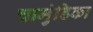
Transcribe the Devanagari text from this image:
चामुंडिका